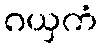
ဂယှကံ